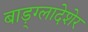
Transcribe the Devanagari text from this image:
बाड़्ग्लादेशेर